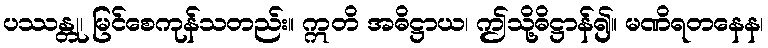
ပဿန္တု၊ မြင်စေကုန်သတည်း။ ဣတိ အဓိဋ္ဌာယ၊ ဤသို့ဓိဋ္ဌာန်၍။ မဏိရတနေန၊